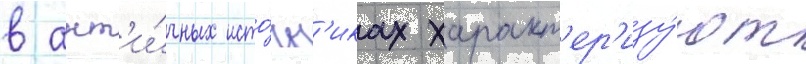
в ант'и́чных исто́чн'иках характ'ер'изу́ют